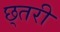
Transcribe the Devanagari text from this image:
छ्तरी